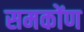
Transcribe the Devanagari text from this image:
समकोंण